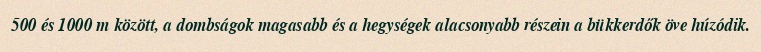
500 és 1000 m között, a dombságok magasabb és a hegységek alacsonyabb részein a bükkerdők öve húzódik.